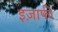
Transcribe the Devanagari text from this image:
इज़ाफी